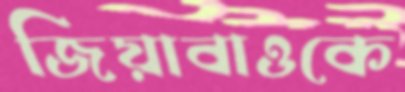
জিয়াবাওকে